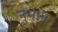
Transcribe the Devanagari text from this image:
नुमान